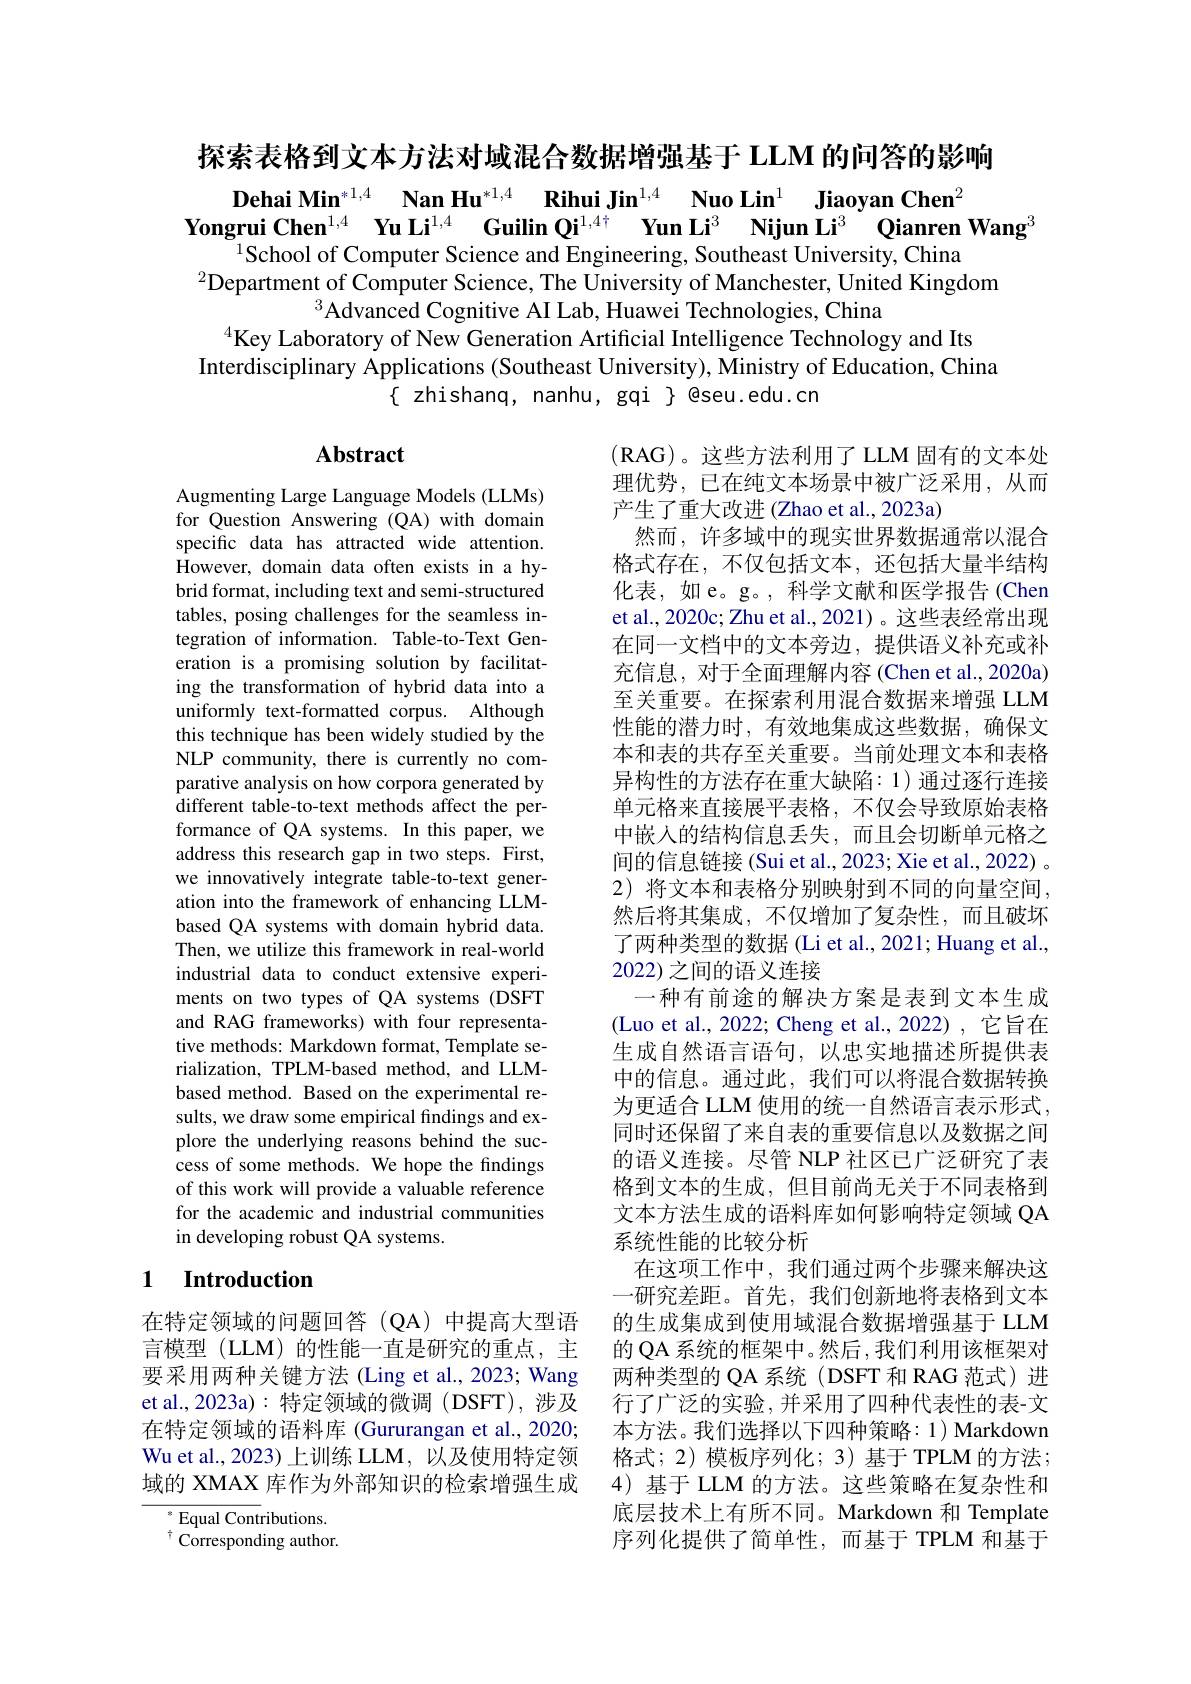
探索表格到文本方法对域混合数据增强基于 LLM 的问答的影响

$\textbf{Dehai Min}^{* 1, 4}$ $\textbf{Nan Hu}^{* 1, 4}$ $\textbf{Rihui Jin}^{1, 4}$ $\textbf{Nuo Lin}^{1}$ $\textbf{Jiaoyan Chen}^{2}$
$\textbf{Yongrui Chen}^{1, 4}$ $\textbf{Yu Li}^{1, 4}$ $\textbf{Guilin Qi}^{1, 4^+ }$ $\textbf{Yun Li}^3$ $\textbf{Nijun Li}^3$ $\textbf{Qianren Wang}^3$
$^{1}$School of Computer Science and Engineering, Southeast University, China
$^{2}$Department of Computer Science, The University of Manchester, United Kingdom
$^3\dot{\text{Advanced Cognitive AI Lab, Huawei Technologies, China}}$
$^{4}$Key Laboratory of New Generation Artificial Intelligence Technology and Its
Interdisciplinary Applications (Southeast University), Ministry of Education, China
$\{$ zhishanq, nanhu, gqi $\}$ @seu.edu.cn

# Abstract

Augmenting Large Language Models (LLMs) for Question Answering (QA) with domain specific data has attracted wide attention. However, domain data often exists in a hybrid format, including text and semi-structured tables, posing challenges for the seamless integration of information. Table-to-Text Generation is a promising solution by facilitating the transformation of hybrid data into a uniformly text-formatted corpus. Although this technique has been widely studied by the NLP community, there is currently no comparative analysis on how corpora generated by different table-to-text methods affect the performance of QA systems. In this paper, we address this research gap in two steps. First, we innovatively integrate table-to-text generation into the framework of enhancing LLMbased QA systems with domain hybrid data. Then, we utilize this framework in real-world industrial data to conduct extensive experiments on two types of QA systems (DSFT and RAG frameworks) with four representative methods: Markdown format, Template serialization, TPLM-based method, and LLMbased method. Based on the experimental results, we draw some empirical findings and explore the underlying reasons behind the success of some methods. We hope the fndings of this work will provide a valuable reference for the academic and industrial communities in developing robust QA systems.

(RAG)。这些方法利用了 LLM 固有的文本处理优势，已在纯文本场景中被广泛采用，从而产生了重大改进(Zhao et al., 2023a)
然而，许多域中的现实世界数据通常以混合格式存在，不仅包括文本，还包括大量半结构化表，如e。g。, 科学文献和医学报告(Chen et al., 2020c; Zhu et al., 2021)。这些表经常出现在同一文档中的文本旁边，提供语义补充或补充信息，对于全面理解内容(Chen et al., 2020a) 至关重要。在探索利用混合数据来增强 LLM 性能的潜力时，有效地集成这些数据，确保文本和表的共存至关重要。当前处理文本和表格异构性的方法存在重大缺陷：1)通过逐行连接单元格来直接展平表格，不仅会导致原始表格中嵌入的结构信息丢失，而且会切断单元格之间的信息链接 (Sui et al., 2023; Xie et al., 2022) 。2) 将文本和表格分别映射到不同的向量空间， 然后将其集成，不仅增加了复杂性，而且破坏了两种类型的数据 (Li et al., 2021; Huang et al., 2022) 之间的语义连接
一种有前途的解决方案是表到文本生成(Luo et al., 2022; Cheng et al., 2022) , 它旨在生成自然语言语句，以忠实地描述所提供表中的信息。通过此，我们可以将混合数据转换为更适合 LLM 使用的统一自然语言表示形式， 同时还保留了来自表的重要信息以及数据之间的语义连接。尽管 NLP 社区已广泛研究了表格到文本的生成，但目前尚无关于不同表格到文本方法生成的语料库如何影响特定领域 QA 系统性能的比较分析
在这项工作中，我们通过两个步骤来解决这一研究差距。首先，我们创新地将表格到文本的生成集成到使用域混合数据增强基于 LLM 的 QA 系统的框架中。然后 ,我们利用该框架对两种类型的 QA 系统 (DSFT 和 RAG 范式)进行了广泛的实验，并采用了四种代表性的表-文本方法。我们选择以下四种策略：1) Markdown 格式；2)模板序列化；3)基于TPLM 的方法； 4) 基于 LLM 的方法。这些策略在复杂性和底层技术上有所不同。Markdown 和 Template 序列化提供了简单性，而基于 TPLM 和基于

# 1 Introduction

在特定领域的问题回答(QA)中提高大型语言模型(LLM)的性能一直是研究的重点，主要采用两种关键方法(Ling et al., 2023; Wang et al., 2023a): 特定领域的微调 ( DSFT), 涉及在特定领域的语料库 (Gururangan et al.,2020; Wu et al., 2023) 上训练 LLM, 以及使用特定领域的 XMAX 库作为外部知识的检索增强生成

$^{*}$Equal Contributions. $^{\dagger}$Corresponding author.